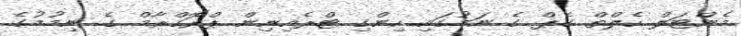
މެންޓަލް ހެލްތް ގެޕް ގެ ނަމުގައި ހިންގި ޓްރެއިނިން ޕްރޮގްރާމް ގެ ނިމުމުގެ